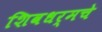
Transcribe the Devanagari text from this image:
शिवधर्मचे